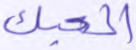
الحبك